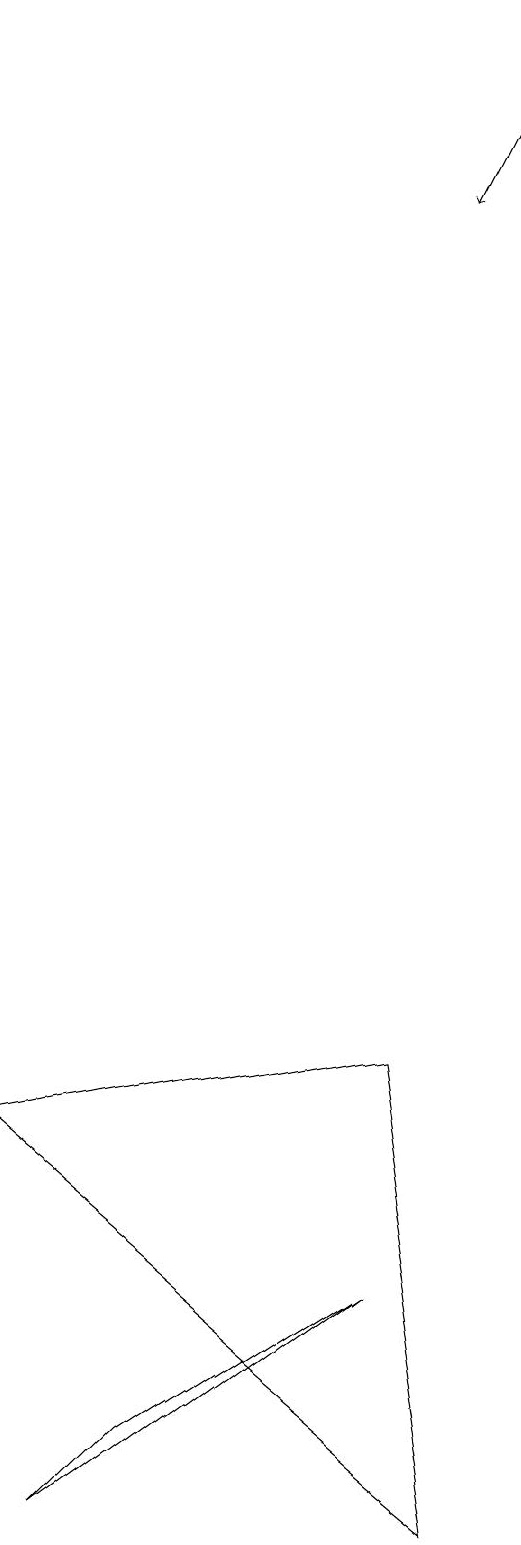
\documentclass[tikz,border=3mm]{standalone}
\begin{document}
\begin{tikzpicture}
\draw (6,6) -- (7,0) -- (1,5) -- cycle;
\draw (2,0) -- (6,3) -- (3,1) -- cycle;
\draw[->] (7,19) -- (6,17);
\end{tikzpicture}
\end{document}